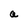
Character: a